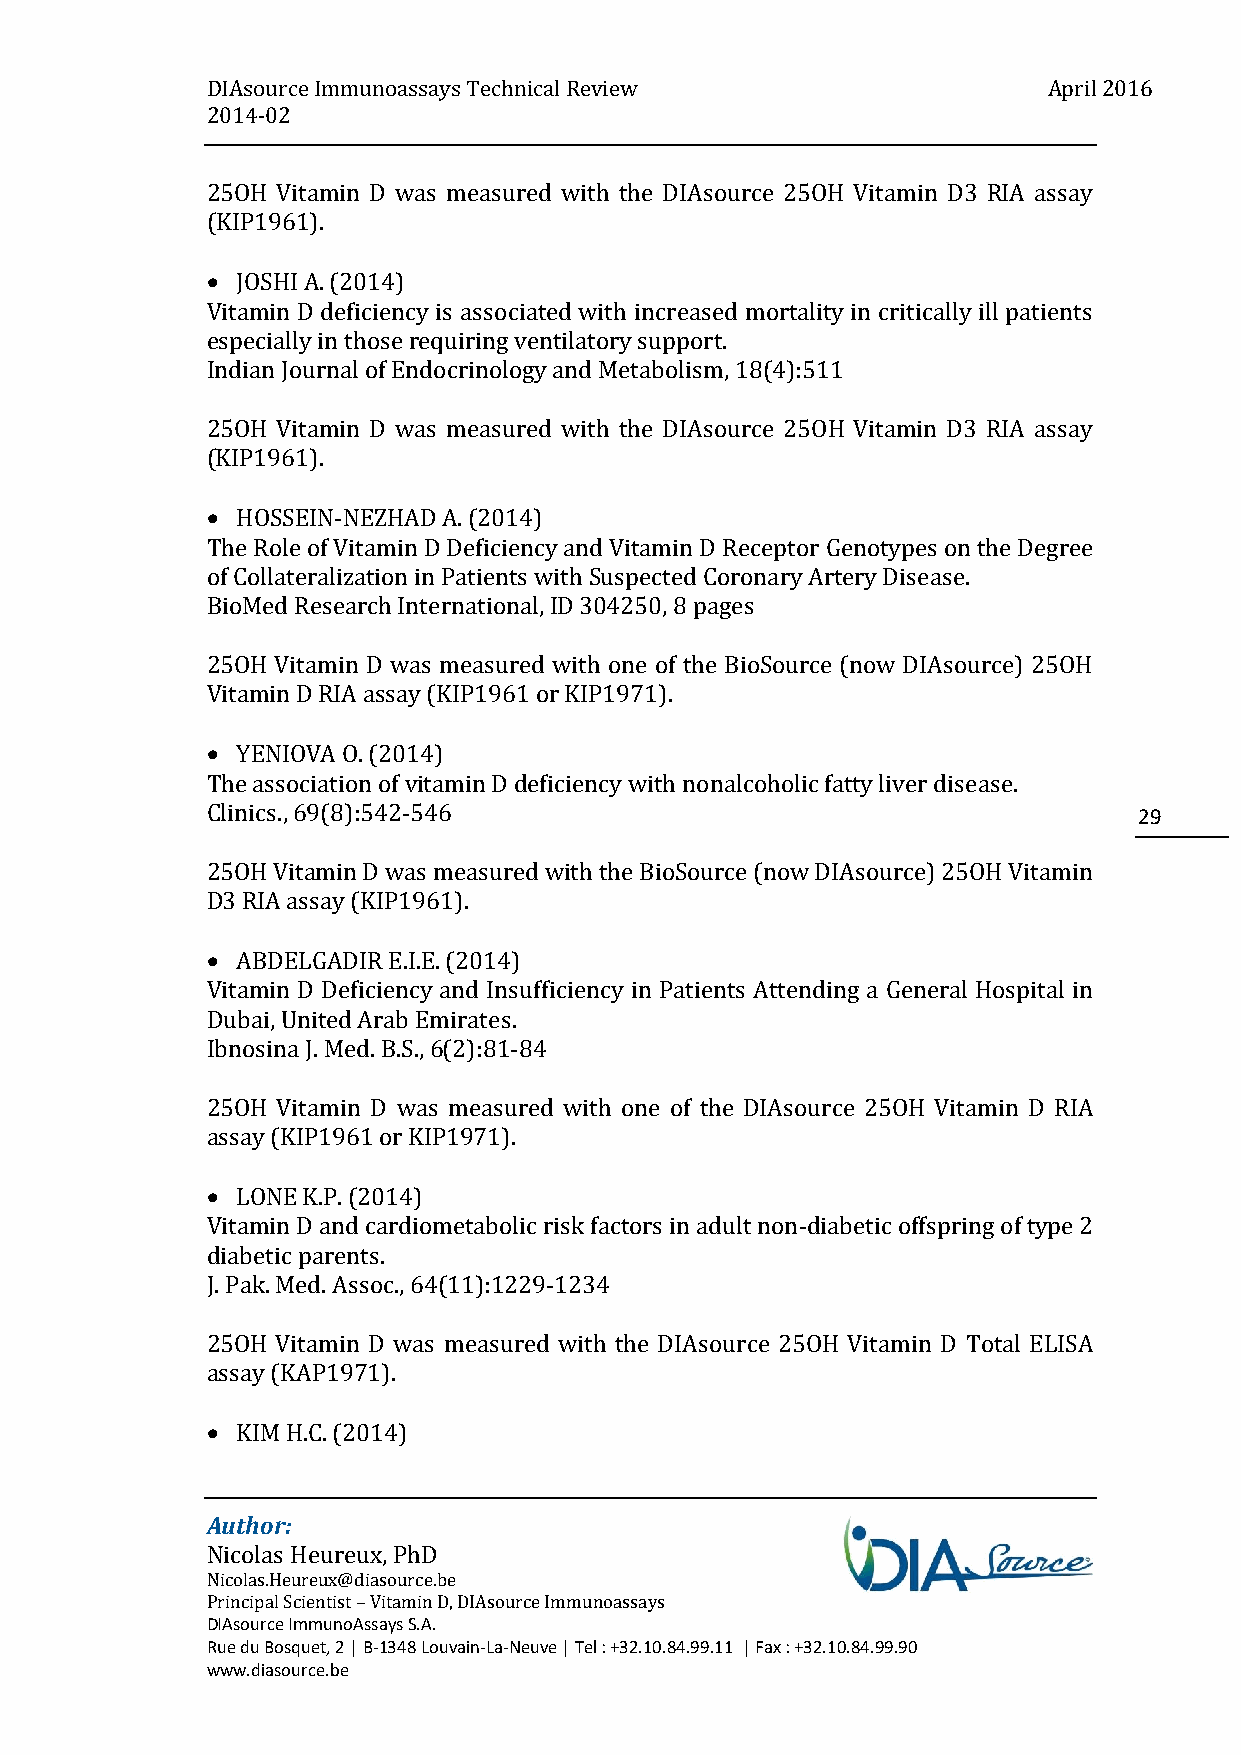
DIAsource Immunoassays Technical Review                April 2016
 2014-02
 25OH Vitamin D was measured with the DIAsource 25OH Vitamin D3 RIA assay
 (KIP1961).
  JOSHI A. (2014)
 Vitamin D deficiency is associated with increased mortality in critically ill patients
 especially in those requiring ventilatory support.
 Indian Journal of Endocrinology and Metabolism, 18(4):511
 25OH Vitamin D was measured with the DIAsource 25OH Vitamin D3 RIA assay
 (KIP1961).
  HOSSEIN-NEZHAD A. (2014)
 The Role of Vitamin D Deficiency and Vitamin D Receptor Genotypes on the Degree
 of Collateralization in Patients with Suspected Coronary Artery Disease.
 BioMed Research International, ID 304250, 8 pages
 25OH Vitamin D was measured with one of the BioSource (now DIAsource) 25OH
 Vitamin D RIA assay (KIP1961 or KIP1971).
  YENIOVA O. (2014)
 The association of vitamin D deficiency with nonalcoholic fatty liver disease.
 Clinics., 69(8):542-546                                      29
 25OH Vitamin D was measured with the BioSource (now DIAsource) 25OH Vitamin
 D3 RIA assay (KIP1961).
  ABDELGADIR E.I.E. (2014)
 Vitamin D Deficiency and Insufficiency in Patients Attending a General Hospital in
 Dubai, United Arab Emirates.
 Ibnosina J. Med. B.S., 6(2):81-84
 25OH Vitamin D was measured with one of the DIAsource 25OH Vitamin D RIA
 assay (KIP1961 or KIP1971).
  LONE K.P. (2014)
 Vitamin D and cardiometabolic risk factors in adult non-diabetic offspring of type 2
 diabetic parents.
 J. Pak. Med. Assoc., 64(11):1229-1234
 25OH Vitamin D was measured with the DIAsource 25OH Vitamin D Total ELISA
 assay (KAP1971).
  KIM H.C. (2014)
 Author:
 Nicolas Heureux, PhD
 Nicolas.Heureux@diasource.be
 Principal Scientist – Vitamin D, DIAsource Immunoassays
 DIAsource ImmunoAssays S.A.
 Rue du Bosquet, 2 | B-1348 Louvain-La-Neuve | Tel : +32.10.84.99.11 | Fax : +32.10.84.99.90
 www.diasource.be